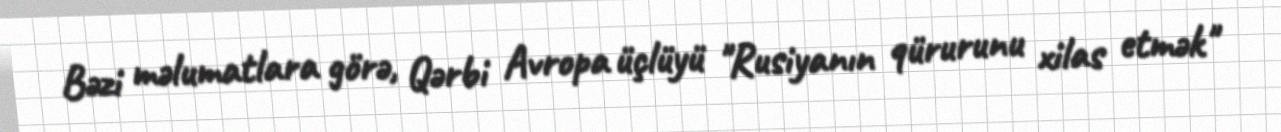
Bəzi məlumatlara görə, Qərbi Avropa üçlüyü "Rusiyanın qürurunu xilas etmək"